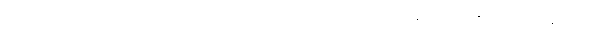
(၄) သင်္ဂဏိကာရာမတာ - ဣယာပုထ် ၄-ပါးလုံး၌ တစ်ယောက်တည်းမနေတတ်ဘဲ နှစ်ယောက် သုံးယောက်